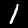
Digit: 1